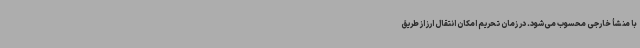
با منشأ خارجی محسوب می‌شود. در زمان تحریم امکان انتقال ارز از طریق